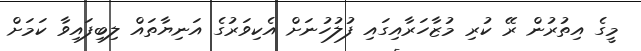
މީގެ އިތުރުން ރޭ ކުރި މުޒާހަރާއިގައި ފުލުހުނަށް އެކިވަރުގެ އަނިޔާތައް ލިބިފައިވާ ކަމަށް